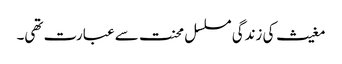
مغیث کی زندگی مسلسل محنت سے عبارت تھی۔